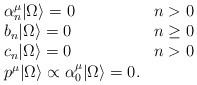
\begin{align*}\left.\begin{array}{lc}\alpha_n^{\mu}|\Omega\rangle=0 & n>0 \\b_n|\Omega\rangle=0 & n\ge 0 \\c_n|\Omega\rangle=0 & n>0 \\p^{\mu}|\Omega\rangle\propto\alpha_0^{\mu}|\Omega\rangle=0. & \end{array}\right.\end{align*}